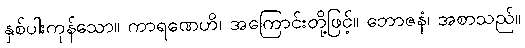
နှစ်ပါးကုန်သော။ ကာရဏေဟိ၊ အကြောင်းတို့ဖြင့်။ ဘောဇနံ၊ အစာသည်။